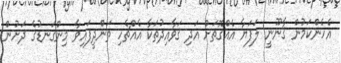
އެހެންކަމުން ޤާނޫނީ ލަފަޔާ އެއްގޮތަށް އަދި ޤަވާއިދުތަކާ އެއްޗެހި ތަންދީފައިވާ މިންގަނޑުގެ ދަށުން